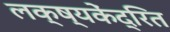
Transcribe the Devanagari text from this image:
लक्ष्यकेंद्रित